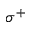
\sigma ^ { + }